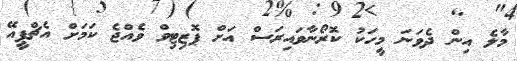
މާލެ އިން ދެވަނަ މީހަކު ކޮރޯނާވައިރަސް އަށް ޕޮޒިޓިވް ވެއްޖެ ކަމަށް އެޗްޕީއޭ